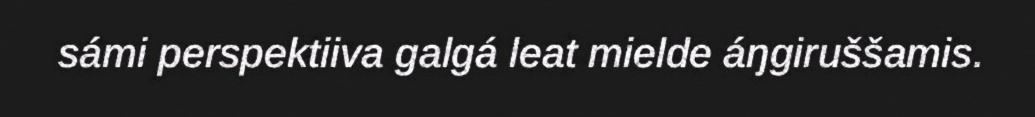
sámi perspektiiva galgá leat mielde áŋgiruššamis.